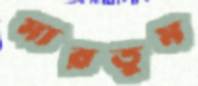
মারতুম